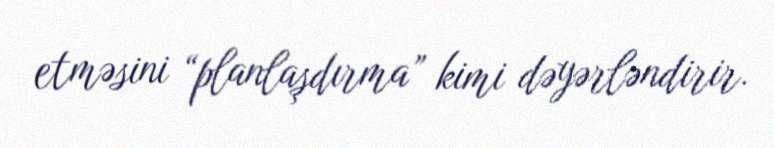
etməsini “planlaşdırma” kimi dəyərləndirir.